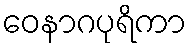
ဝေနာဂပုရိကာ